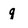
Character: q